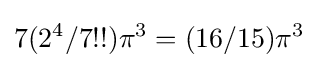
7(2^{4}/7!!)\pi ^{3}=(16/15)\pi ^{3}